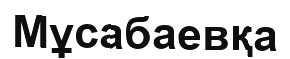
Мұсабаевқа